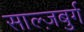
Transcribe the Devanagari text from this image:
साल्ज़बुर्ग